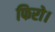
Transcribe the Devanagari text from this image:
फिरो।